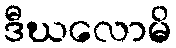
ဒီဃလောမိ